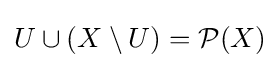
U\cup (X\setminus U)={\mathcal {P}}(X)